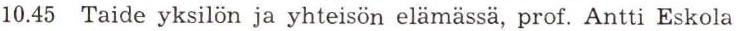
10.45 Taide yksilön ja yhteisön elämässä, prof. Antti Eskola